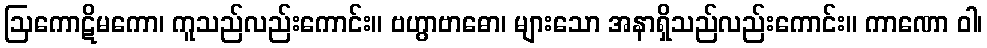
ဩကောဋိမကော၊ ကူသည်လည်းကောင်း။ ဗဟွာဗာဓော၊ များသော အနာရှိသည်လည်းကောင်း။ ကာဏော ဝါ၊